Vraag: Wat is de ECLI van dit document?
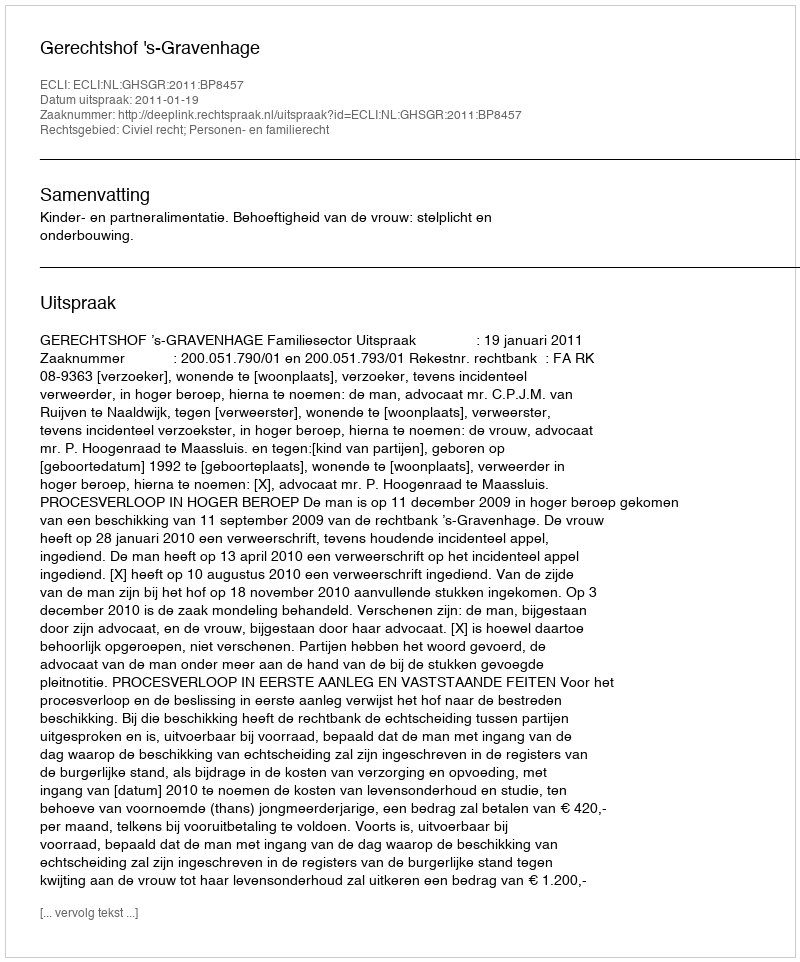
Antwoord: ECLI:NL:GHSGR:2011:BP8457